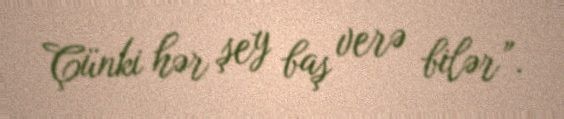
Çünki hər şey baş verə bilər”.